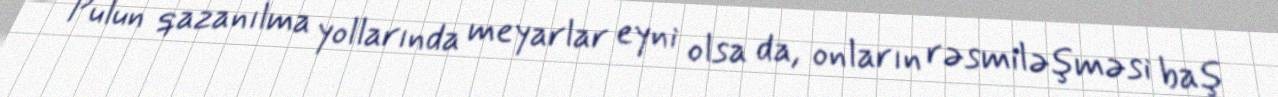
Pulun qazanılma yollarında meyarlar eyni olsa da, onların rəsmiləşməsi baş